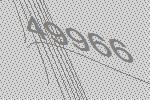
49966